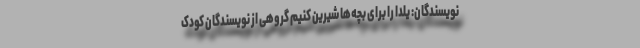
نویسندگان: یلدا را برای بچه‌ها شیرین کنیم گروهی از نویسندگان کودک